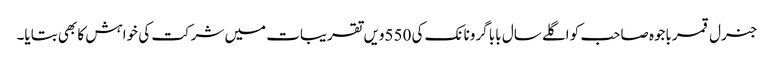
جنرل قمرباجوہ صاحب کو اگلے سال بابا گرونانک کی 550ویں تقریبات میں شرکت کی خواہش کا بھی بتایا۔